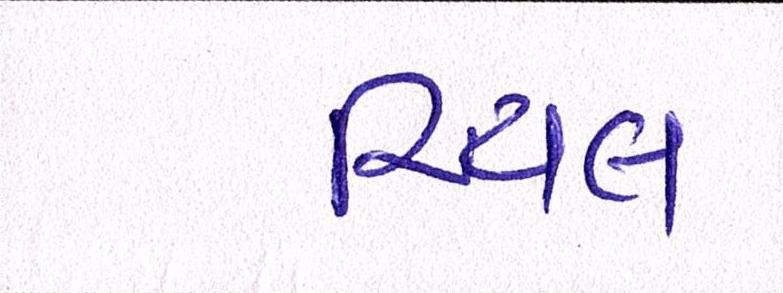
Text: રિયલ